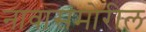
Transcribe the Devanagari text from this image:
नावासमोरील